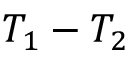
T _ { 1 } - T _ { 2 }